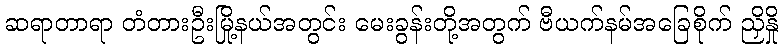
ဆရာတာရာ တံတားဦးမြို့နယ်အတွင်း မေးခွန်းတို့အတွက် ဗီယက်နမ်အခြေစိုက် ညှိနှို